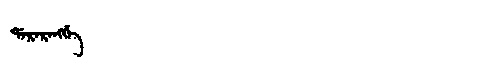
Manchu: ᡩᠠᡵᠠᡵᠠᠩᡤᡝ
Romanization: DARARANGGE